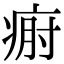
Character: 𤶡